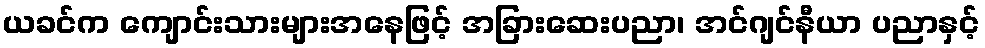
ယခင်က ကျောင်းသားများအနေဖြင့် အခြားဆေးပညာ၊ အင်ဂျင်နီယာ ပညာနှင့်